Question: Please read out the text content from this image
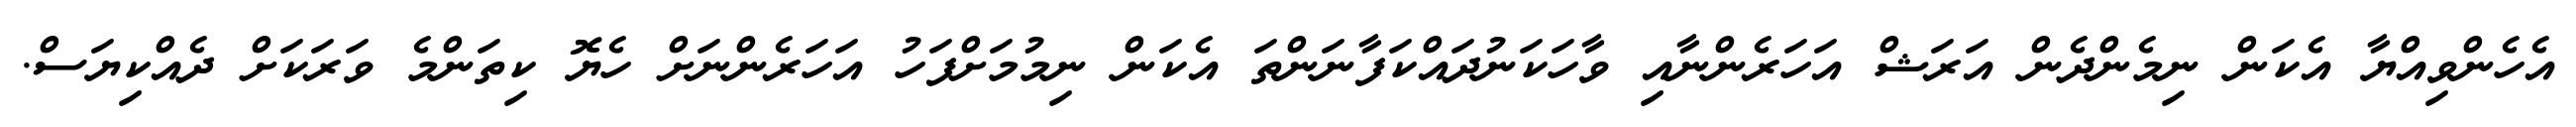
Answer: އެހެންވިއްޔާ އެކަން ނިމެންދެން އަރަޝް އަހަރެންނާއި ވާހަކަނުދައްކަފާނަންތަ އެކަން ނިމުމަށްފަހު އަހަރެންނަށް ހެޔޮ ކިތަންމެ ވަރަކަށް ދެއްކިޔަސް.